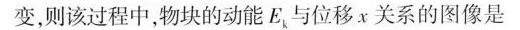
变，则该过程中，物块的动能E与位移x关系的图像是